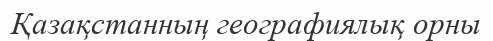
Қазақстанның географиялық орны